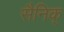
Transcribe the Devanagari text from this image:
सैनिक्